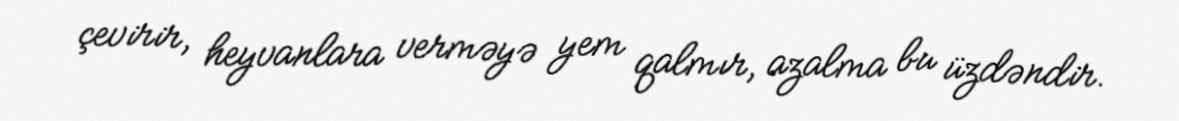
çevirir, heyvanlara verməyə yem qalmır, azalma bu üzdəndir.